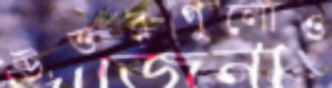
উত্তরগুলোও